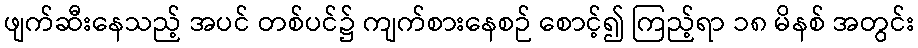
ဖျက်ဆီးနေသည့် အပင် တစ်ပင်၌ ကျက်စားနေစဉ် စောင့်၍ ကြည့်ရာ ၁၈ မိနစ် အတွင်း